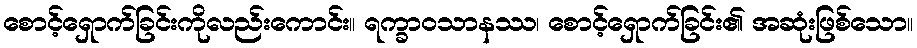
စောင့်ရှောက်ခြင်းကိုလည်းကောင်း။ ရက္ခာဝသာနဿ၊ စောင့်ရှောက်ခြင်း၏ အဆုံးဖြစ်သော။